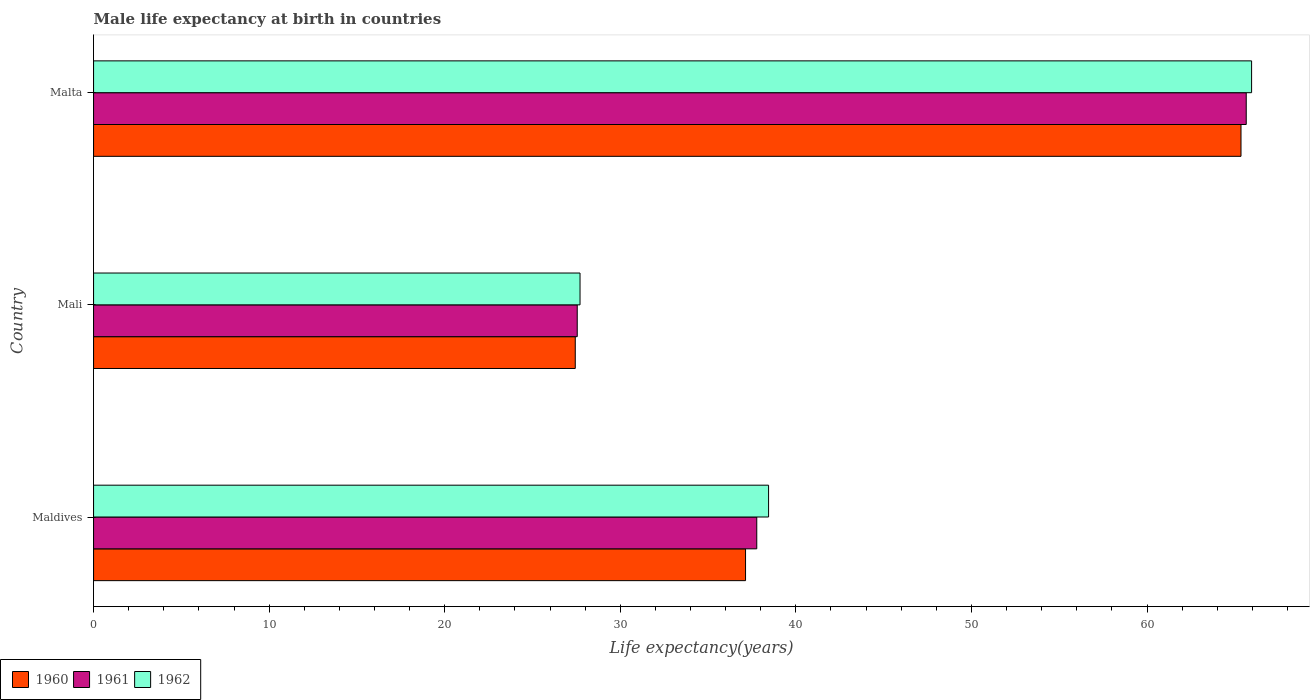
| Country | 1960 | 1961 | 1962 |
 | --- | --- | --- | --- |
 | Maldives | 37.1 | 37.8 | 38.4 |
 | Mali | 27.4 | 27.5 | 27.7 |
 | Malta | 65.4 | 65.7 | 66 |